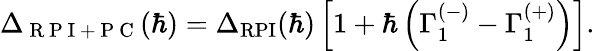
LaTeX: \Delta_{\mathrm{~R~P~I~+~P~C~}}(\hbar)=\Delta_{\mathrm{RPI}}(\hbar)\left[1+\hbar\left(\Gamma_{1}^{(-)}-\Gamma_{1}^{(+)}\right)\right].